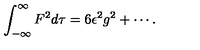
\int _ { - \infty } ^ { \infty } F ^ { 2 } d \tau = 6 \epsilon ^ { 2 } g ^ { 2 } + \cdots .